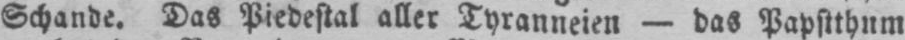
Schande. Das Piedestal aller Tyranneien - das Papstthum